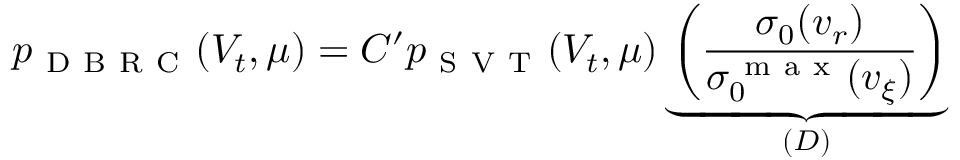
p _ { \mathrm { ~ D ~ B ~ R ~ C ~ } } ( V _ { t } , \mu ) = C ^ { \prime } p _ { \mathrm { ~ S ~ V ~ T ~ } } ( V _ { t } , \mu ) \underbrace { \left( \frac { \sigma _ { 0 } ( v _ { r } ) } { \sigma _ { 0 } ^ { \mathrm { ~ m ~ a ~ x ~ } } ( v _ { \xi } ) } \right) } _ { ( D ) }